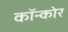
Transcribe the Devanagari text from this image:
कॉन्कोर